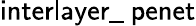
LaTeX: \textsf{interlayer\_ penet}